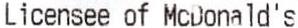
LICENSEE OF MCDONALD'S